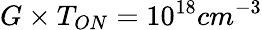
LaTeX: G\times T_{ON}=10^{18}cm^{-3}